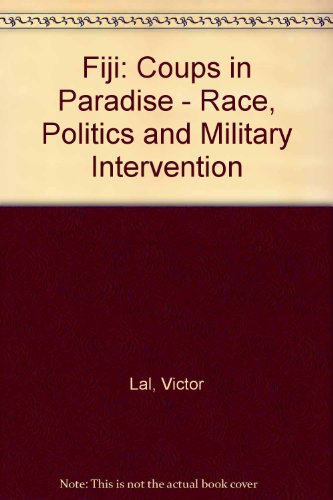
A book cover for Fiji: Coups in Paradise : Race, Politics and Military Intervention; Victor Lal; History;